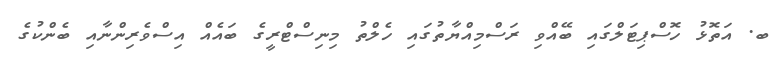
ބ. އަތޮޅު ހޮސްޕިޓަލްގައި ބޭއްވި ރަސްމިއްޔާތުގައި ހެލްތު މިނިސްޓްރީގެ ބައެއް އިސްވެރިންނާއި ބެންކުގެ